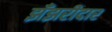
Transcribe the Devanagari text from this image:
झँझरीदार